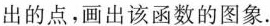
出的点，画出该函数的图象。